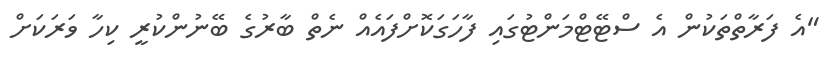
"އެ ފަރާތްތަކުން އެ ސްޓޭޓްމަންޓުގައި ފާހަގަކޮށްފައެއް ނެތް ބާރުގެ ބޭނުންކުރީ ކިހާ ވަރަކަށް